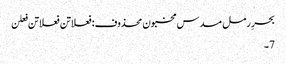
بحرِ رمل مسدس مخبون محذوف:فعلاتن فعلاتن فعلن
7۔